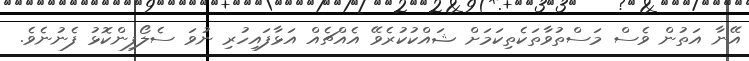
އޭނާ އަތުން ވެސް މަސްތުވާތަކެތިކަމަށް ޝައްކުކުރެވޭ އެއްޗެއް އަޅާފައިހުރި ނުވަ ސެލޯފިންކޮޅު ފެނުނެވެ.